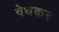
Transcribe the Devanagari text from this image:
वेधकर